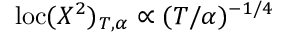
\mathrm { l o c } ( X ^ { 2 } ) _ { T , \alpha } \propto ( T / \alpha ) ^ { - 1 / 4 }